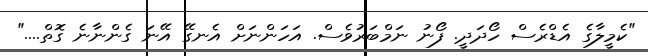
"ކެމީލާގެ އެޑްރެސް ހޯދަދީ. ފޯނު ނަމްބަރުވެސް. އަހަންނަށް އެނގޭ އޭނަ ގެންނާނެ ގޮތް...."